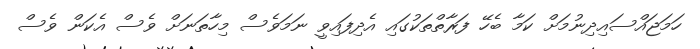
ހަމަޖައްސައިދިނުމަށް ކަމާ ބެހޭ ފަރާތްތަކުގައި އެދިފައިވީ ނަމަވެސް މިހާތަނަށް ވެސް އެކަން ވެސް